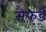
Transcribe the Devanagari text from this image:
सैफर्ड